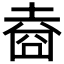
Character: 𡍬